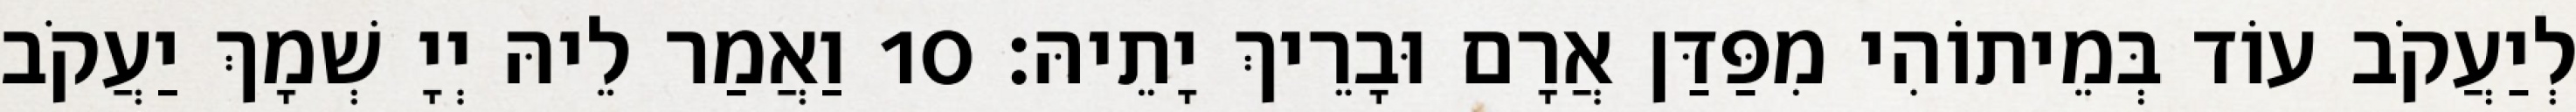
לְיַעֲקֹב עוֹד בְּמֵיתוֹהִי מִפַּדַּן אֲרָם וּבָרֵיךְ יָתֵיהּ׃ 10 וַאֲמַר לֵיהּ יְיָ שְׁמָךְ יַעֲקֹב